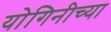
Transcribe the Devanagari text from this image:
योगिनीच्या